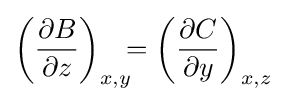
\left({\frac {\partial B}{\partial z}}\right)_{x,y}\!\!\!=\left({\frac {\partial C}{\partial y}}\right)_{x,z}